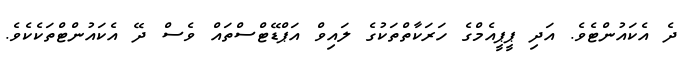
ދެ އެކައުންޓެވެ. އަދި ޕީޕީއެމްގެ ހަރަކާތްތަކުގެ ލައިވް އަޕްޑޭޓްސްތައް ވެސް ދޭ އެކައުންޓްތަކެކެވެ.